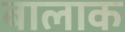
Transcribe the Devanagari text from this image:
बालाक